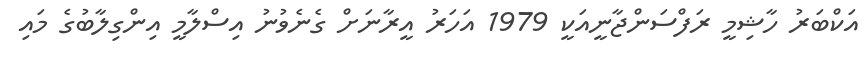
އަކްބަރު ހާޝިމީ ރަފްސަންޖާނީއަކީ 1979 އަހަރު އީރާނަށް ގެނެވުނު އިސްލާމީ އިންގިލާބުގެ މައި